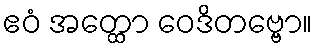
ဧဝံ အတ္ထော ဝေဒိတဗ္ဗော။